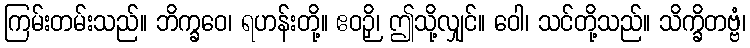
ကြမ်းတမ်းသည်။ ဘိက္ခဝေ၊ ရဟန်းတို့။ ဧဝဉှိ၊ ဤသို့လျှင်။ ဝေါ၊ သင်တို့သည်။ သိက္ခိတဗ္ဗံ၊